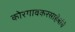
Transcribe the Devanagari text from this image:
कोरगावकरसाहेबांचे